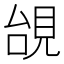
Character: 𧠜